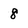
Character: 8